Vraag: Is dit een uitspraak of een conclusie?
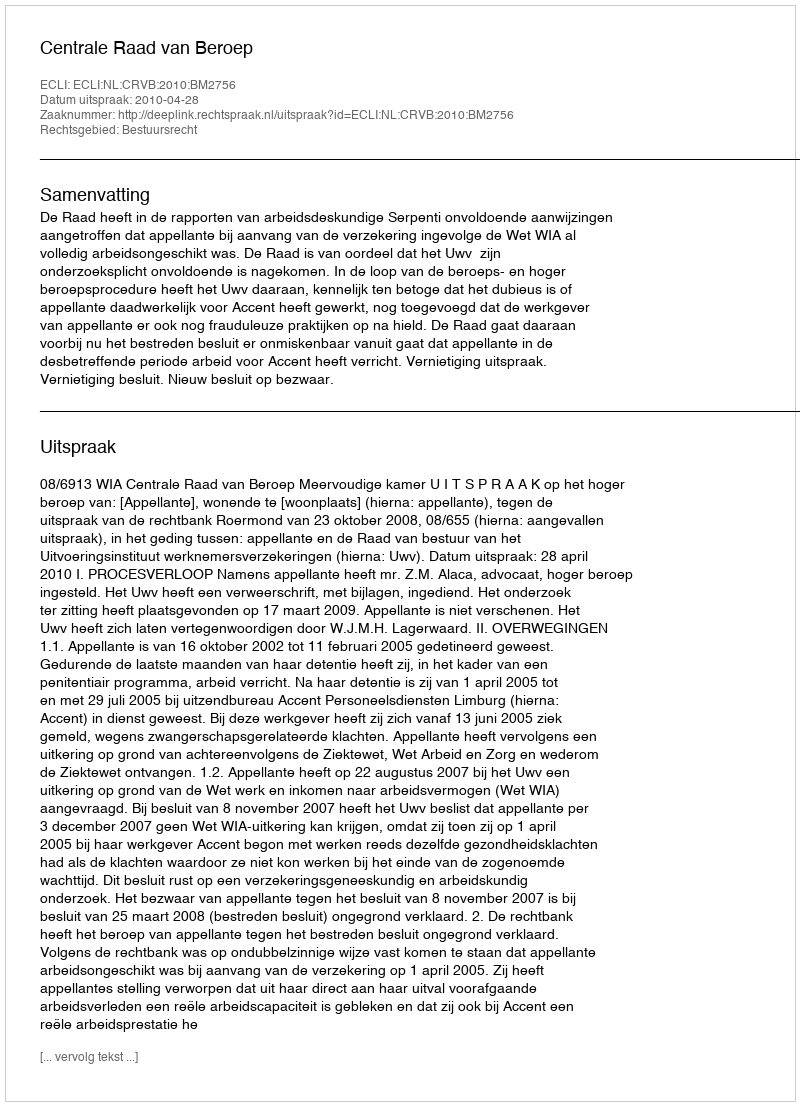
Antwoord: Uitspraak